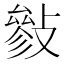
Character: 𢿈